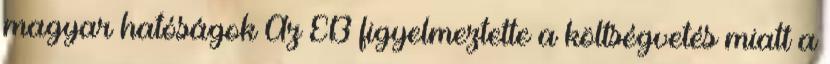
magyar hatóságok Az EB figyelmeztette a költségvetés miatt a